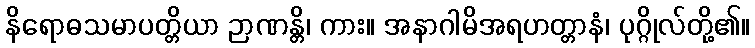
နိရောဓသမာပတ္တိယာ ဉာဏန္တိ၊ ကား။ အနာဂါမိအရဟတ္တာနံ၊ ပုဂ္ဂိုလ်တို့၏။